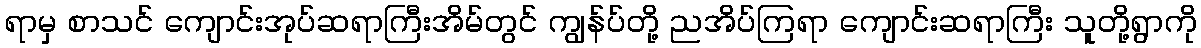
ရာမှ စာသင် ကျောင်းအုပ်ဆရာကြီးအိမ်တွင် ကျွန်ပ်တို့ ညအိပ်ကြရာ ကျောင်းဆရာကြီး သူတို့ရွာကို